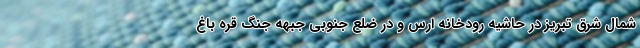
شمال شرق تبریز در حاشیه رودخانه ارس و در ضلع جنوبی جبهه جنگ قره باغ